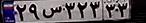
۲۹س۳۲۳۳۳